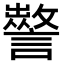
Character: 𧭁